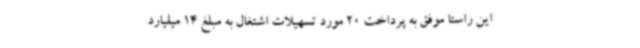
این راستا موفق به پرداخت 20 مورد تسهیلات اشتغال به مبلغ 14 میلیارد